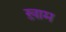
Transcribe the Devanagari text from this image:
ख़़ाम